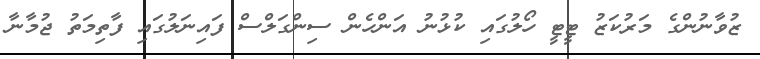
ޒުވާނުންގެ މަރުކަޒު ޓީޓީ ހޯލުގައި ކުޅުނު އަންހެން ސިންގަލްސް ފައިނަލުގައި ފާތިމަތު ޖުމާނާ